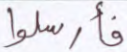
فأرسلوا